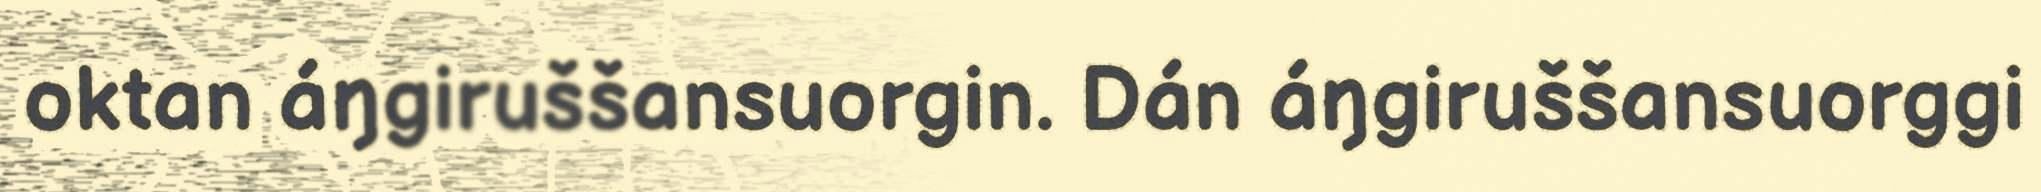
oktan áŋgiruššansuorgin. Dán áŋgiruššansuorggi